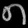
Digit: ၈